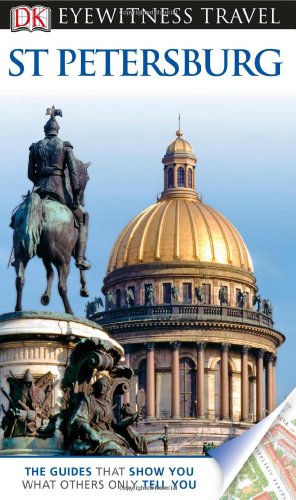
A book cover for DK Eyewitness Travel Guide: St. Petersburg; Melanie Rice; Travel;